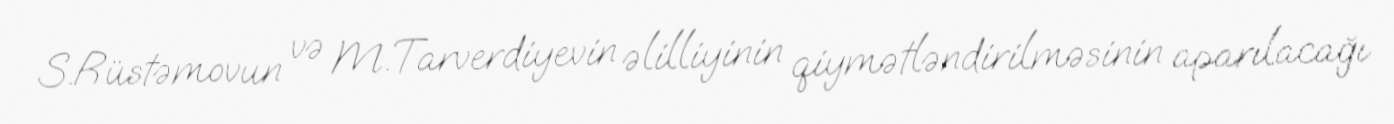
S.Rüstəmovun və M.Tarverdiyevin əlilliyinin qiymətləndirilməsinin aparılacağı